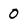
Character: 0